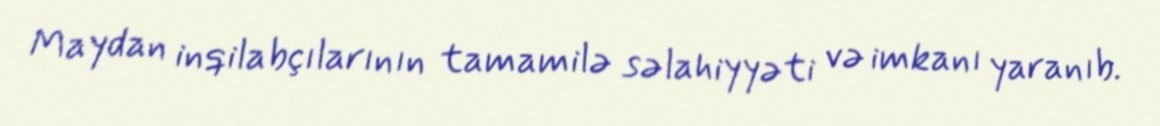
Maydan inqilabçılarının tamamilə səlahiyyəti və imkanı yaranıb.